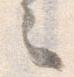
之